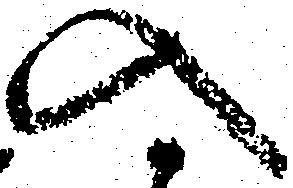
入